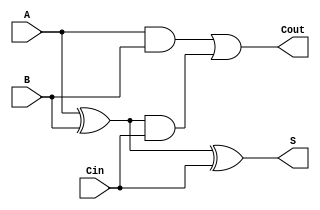
module CarryLookaheadFullAdder (
    input wire A,      // First input bit
    input wire B,      // Second input bit
    input wire Cin,    // Carry-in bit
    output wire S,     // Sum output
    output wire Cout   // Carry-out output
);

    // Internal signals for generate and propagate
    wire G;  // Generate
    wire P;  // Propagate

    // Generate signal: G = A AND B
    assign G = A & B;

    // Propagate signal: P = A XOR B
    assign P = A ^ B;

    // Carry-out: Cout = G OR (P AND Cin)
    assign Cout = G | (P & Cin);

    // Sum: S = P XOR Cin
    assign S = P ^ Cin;

endmodule